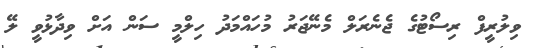
ވިލުރީފް ރިސޯޓުގެ ޖެނެރަލް މެނޭޖަރު މުހައްމަދު ހިލްމީ ސަން އަށް ވިދާޅުވީ ލޭ